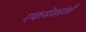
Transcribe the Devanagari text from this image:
एकमेकांशीं